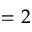
= 2